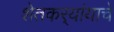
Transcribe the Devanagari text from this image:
शेतकर्‍यांयाचे